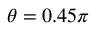
\theta = 0 . 4 5 \pi